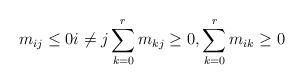
LaTeX: \begin{align*}m_{ij} \leq 0 i \neq j \sum\limits_{k=0}^{r} m_{kj} \geq 0, \sum\limits_{k=0}^{r} m_{ik} \geq 0\end{align*}